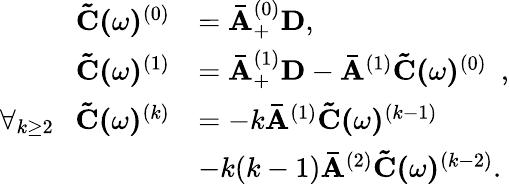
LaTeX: \begin{array}{rl}{\mathbf{\tilde{C}(}\omega\mathbf{)}^{(0)}}&{=\mathbf{\bar{A}}_{+}^{(0)}\mathbf{D},}\\ {\mathbf{\tilde{C}(}\omega\mathbf{)}^{(1)}}&{=\mathbf{\bar{A}}_{+}^{(1)}\mathbf{D}-\mathbf{\bar{A}}^{(1)}\mathbf{\tilde{C}(}\omega\mathbf{)}^{(0)}\ \ ,}\\ {\forall_{k\geq 2}\ \ \ \mathbf{\tilde{C}(}\omega\mathbf{)}^{(k)}}&{=-k\mathbf{\bar{A}}^{(1)}\mathbf{\tilde{C}(}\omega\mathbf{)}^{(k-1)}}\\ &{-k(k-1)\mathbf{\bar{A}}^{(2)}\mathbf{\tilde{C}(}\omega\mathbf{)}^{(k-2)}.}\end{array}